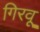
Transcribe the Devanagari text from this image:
गिरवू